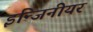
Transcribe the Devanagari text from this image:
इन्जिनीयर